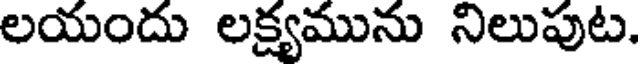
లయందు లక్ష్యమును నిలుపుట.